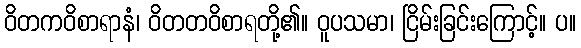
ဝိတကဝိစာရာနံ၊ ဝိတတဝိစာရတို့၏။ ဝူပသမာ၊ ငြိမ်းခြင်းကြောင့်။ ပ။